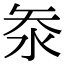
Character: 𭰋